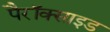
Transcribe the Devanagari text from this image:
पैरॉक्साइड